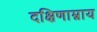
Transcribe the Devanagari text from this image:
दक्षिणाम्नाय